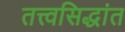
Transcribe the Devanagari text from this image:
तत्त्वसिद्धांत